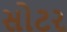
સોટર